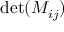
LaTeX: \operatorname* { d e t } ( M _ { i j } )